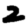
Digit: 2